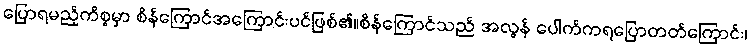
ပြောရမည့်ကိစ္စမှာ စိန်ကြောင်အကြောင်းပင်ဖြစ်၏။စိန်ကြောင်သည် အလွန် ပေါက်ကရပြောတတ်ကြောင်း၊